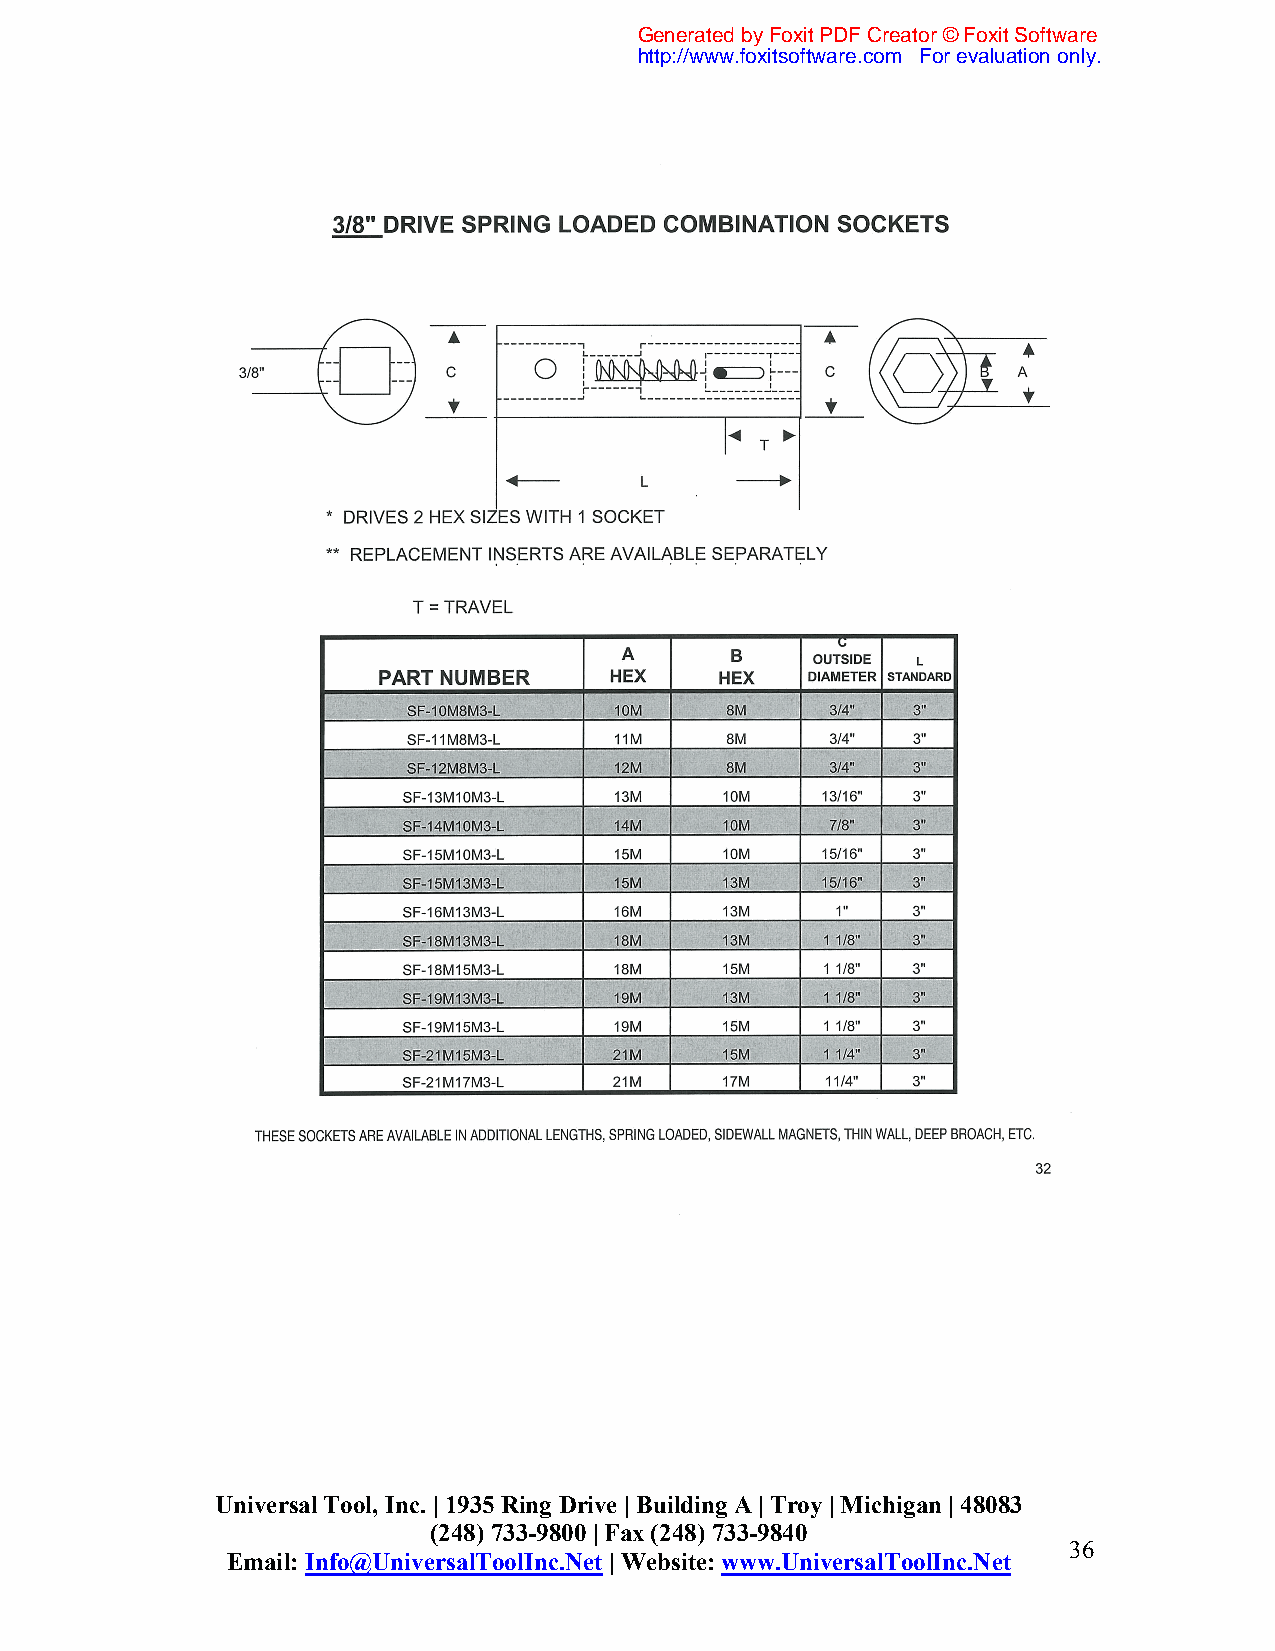
Generated by Foxit PDF Creator © Foxit Software
 http://www.foxitsoftware.com For evaluation only.
 Universal Tool, Inc. | 1935 Ring Drive | Building A | Troy | Michigan | 48083
 (248) 733-9800 | Fax (248) 733-9840
 36
 Email: Info@UniversalToolInc.Net | Website: www.UniversalToolInc.Net